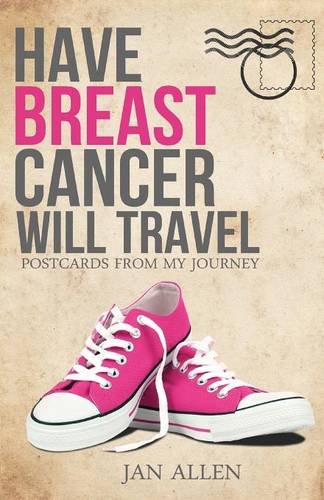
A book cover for Have Breast Cancer, Will Travel; Jan Allen; Health, Fitness & Dieting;